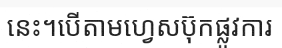
នេះ។បើតាមហ្វេសប៊ុកផ្លូវការ